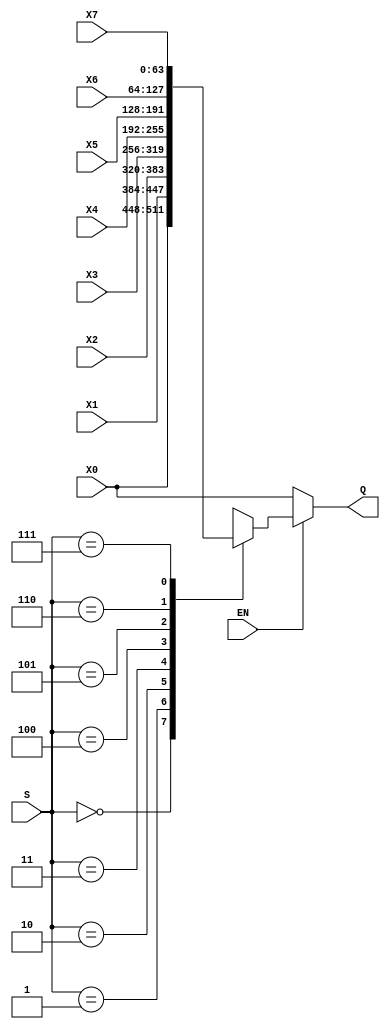
`timescale 1ns / 1ps
//////////////////////////////////////////////////////////////////////////////////
// Company: 
// Engineer: 
// 
// Design Name: 
// Module Name:    mux8_to_1_x64 
// Project Name: 
// Target Devices: 
// Tool versions: 
// Description: 
//
// Dependencies: 
//
// Revision: 
// Revision 0.01 - File Created
// Additional Comments: 
//
//////////////////////////////////////////////////////////////////////////////////
module mux8_to_1_x64(
    input [63:0] X0,
    input [63:0] X1,
    input [63:0] X2,
    input [63:0] X3,
    input [63:0] X4,
    input [63:0] X5,
    input [63:0] X6,
    input [63:0] X7,
    input [2:0] S,
	 input EN,
    output [63:0] Q
    );
	
	reg [63:0] out;
	assign Q = out;

	always @(*)
	begin
		if (EN)
		begin
			case (S)
				3'b000:	out = X0;
				3'b001:	out = X1;
				3'b010:	out = X2;
				3'b011:	out = X3;
				3'b100:	out = X4;
				3'b101:	out = X5;
				3'b110:	out = X6;
				3'b111:	out = X7;
				default:	out = X0;
			endcase
		end
		else
		begin
			out = X0;
		end
	end

endmodule